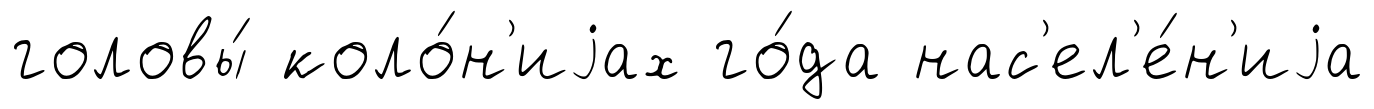
головы́ коло́н'иjах го́да нас'ел'е́н'иjа